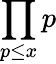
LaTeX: \prod_{p\leq x}p